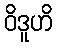
ဝိဒူဟိ